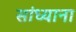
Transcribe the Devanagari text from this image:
सांध्याना